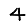
Digit: 4